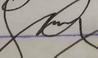
Signature authenticity: genuine